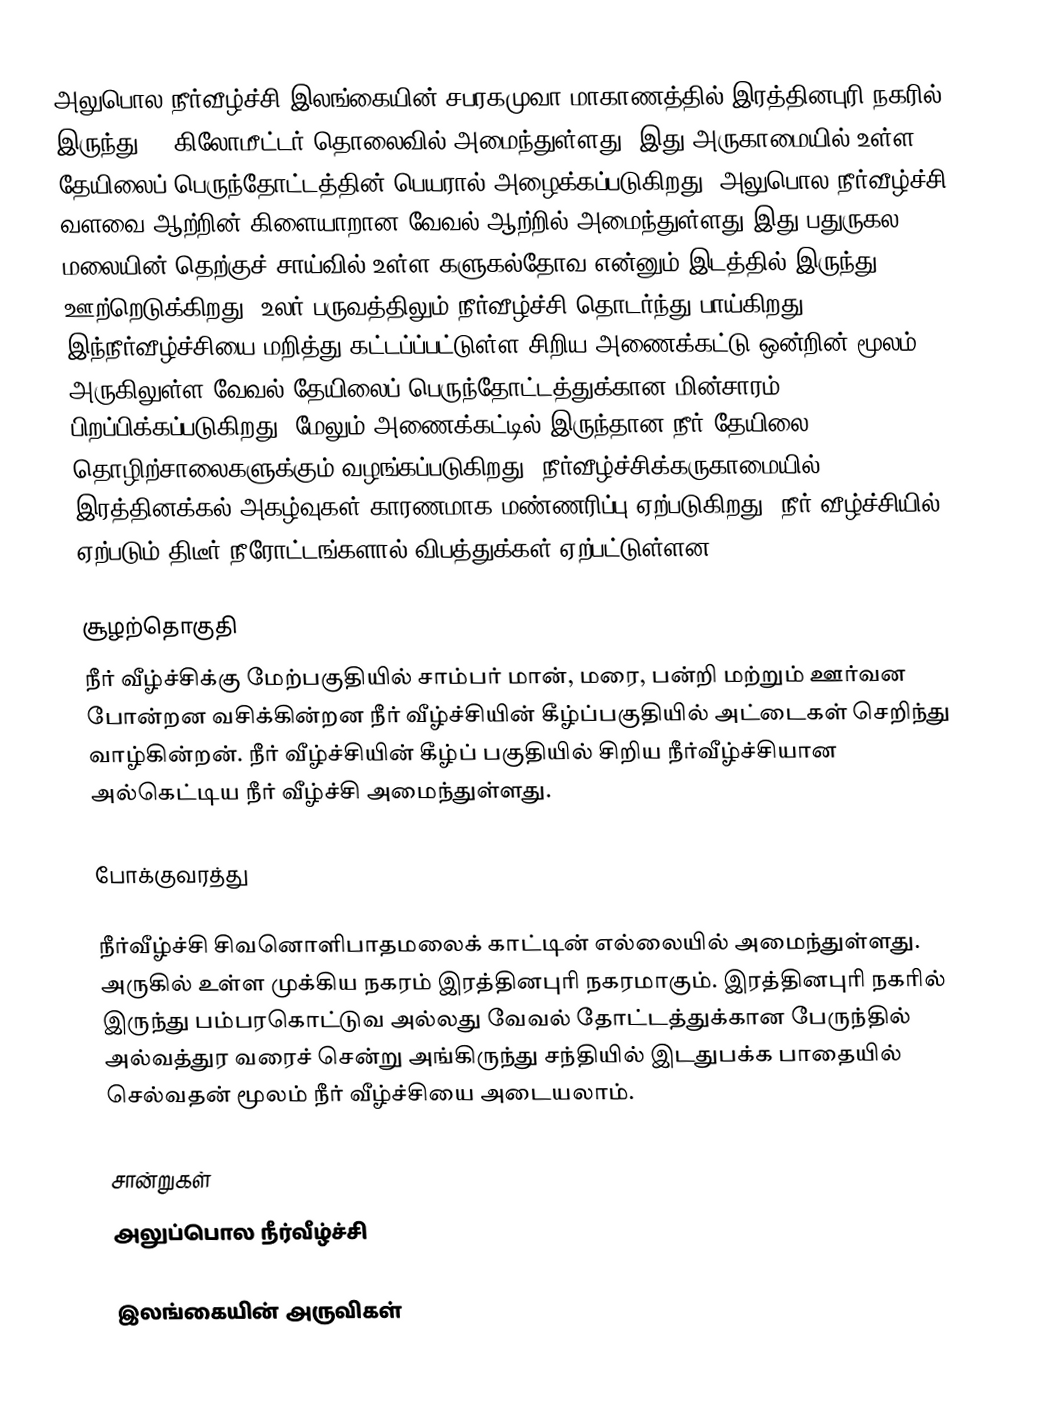
அலுபொல நீர்வீழ்ச்சி இலங்கையின் சபரகமுவா மாகாணத்தில் இரத்தினபுரி நகரில் இருந்து  27 கிலோமீட்டர் தொலைவில் அமைந்துள்ளது. இது அருகாமையில் உள்ள தேயிலைப் பெருந்தோட்டத்தின் பெயரால் அழைக்கப்படுகிறது. அலுபொல நீர்வீழ்ச்சி வளவை ஆற்றின் கிளையாறான வேவல் ஆற்றில் அமைந்துள்ளது இது பதுருகல மலையின் தெற்குச் சாய்வில் உள்ள களுகல்தோவ என்னும் இடத்தில் இருந்து ஊற்றெடுக்கிறது. உலர் பருவத்திலும் நீர்வீழ்ச்சி தொடர்ந்து பாய்கிறது. இந்நீர்வீழ்ச்சியை மறித்து கட்டப்ப்பட்டுள்ள சிறிய அணைக்கட்டு ஒன்றின் மூலம் அருகிலுள்ள வேவல் தேயிலைப் பெருந்தோட்டத்துக்கான மின்சாரம் பிறப்பிக்கப்படுகிறது. மேலும் அணைக்கட்டில் இருந்தான நீர் தேயிலை தொழிற்சாலைகளுக்கும் வழங்கப்படுகிறது. நீர்வீழ்ச்சிக்கருகாமையில் இரத்தினக்கல் அகழ்வுகள் காரணமாக மண்ணரிப்பு ஏற்படுகிறது. நீர் வீழ்ச்சியில் ஏற்படும் திடீர் நீரோட்டங்களால் விபத்துக்கள் ஏற்பட்டுள்ளன.

சூழற்தொகுதி
நீர் வீழ்ச்சிக்கு மேற்பகுதியில் சாம்பர் மான், மரை, பன்றி மற்றும் ஊர்வன போன்றன வசிக்கின்றன நீர் வீழ்ச்சியின் கீழ்ப்பகுதியில் அட்டைகள் செறிந்து வாழ்கின்றன். நீர் வீழ்ச்சியின் கீழ்ப் பகுதியில் சிறிய நீர்வீழ்ச்சியான அல்கெட்டிய நீர் வீழ்ச்சி அமைந்துள்ளது.

போக்குவரத்து

நீர்வீழ்ச்சி சிவனொளிபாதமலைக் காட்டின் எல்லையில் அமைந்துள்ளது. அருகில் உள்ள முக்கிய நகரம் இரத்தினபுரி நகரமாகும். இரத்தினபுரி நகரில் இருந்து பம்பரகொட்டுவ அல்லது வேவல் தோட்டத்துக்கான பேருந்தில் அல்வத்துர வரைச் சென்று அங்கிருந்து சந்தியில் இடதுபக்க பாதையில் செல்வதன் மூலம் நீர் வீழ்ச்சியை அடையலாம்.

சான்றுகள்
அலுப்பொல நீர்வீழ்ச்சி

இலங்கையின் அருவிகள்